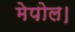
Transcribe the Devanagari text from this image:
मेपोल।